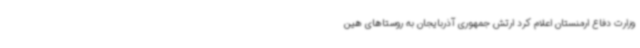
وزارت دفاع ارمنستان اعلام کرد ارتش جمهوری آذربایجان به روستاهای هین